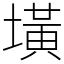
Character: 墴